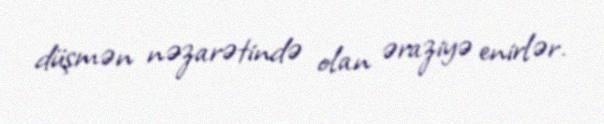
düşmən nəzarətində olan əraziyə enirlər.